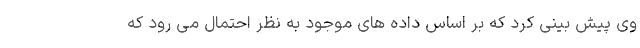
وی پیش بینی کرد که بر اساس داده های موجود به نظر احتمال می رود که